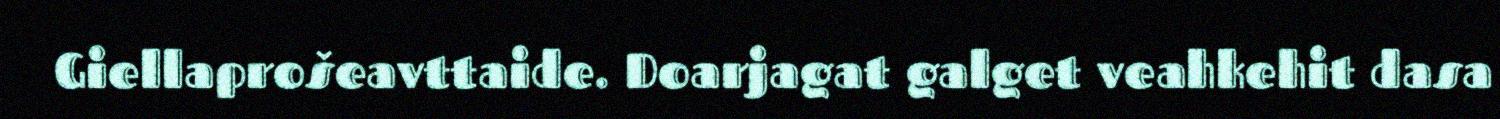
Giellaprošeavttaide. Doarjagat galget veahkehit dasa